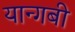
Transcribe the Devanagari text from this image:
यान्गबी